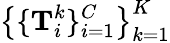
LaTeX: \big\{ \{ \mathbf{T}_{i}^{k}\} _{i=1}^{C}\big\} _{k=1}^{K}